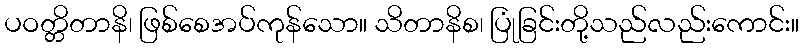
ပဝတ္တိတာနိ၊ ဖြစ်စေအပ်ကုန်သော။ သိတာနိစ၊ ပြုံခြင်းတို့သည်လည်းကောင်း။